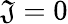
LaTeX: \mathfrak{J}=0